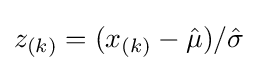
{\textstyle \textstyle z_{(k)}=(x_{(k)}-{\hat {\mu }})/{\hat {\sigma }}}